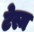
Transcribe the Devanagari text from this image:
टेस्म